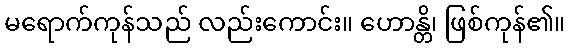
မရောက်ကုန်သည် လည်းကောင်း။ ဟောန္တိ၊ ဖြစ်ကုန်၏။